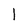
Character: l